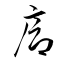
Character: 廊